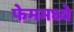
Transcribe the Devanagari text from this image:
फेममध्ये